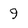
Character: 9